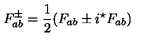
F _ { a b } ^ { \pm } = { \frac { 1 } { 2 } } ( F _ { a b } \pm i { ^ { \star } F _ { a b } } )